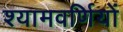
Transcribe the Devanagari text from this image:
श्यामवर्णियों